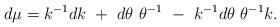
LaTeX: \begin{align*}d \mu = k^{-1} dk ~+~ d \theta ~\theta ^{-1} ~-~k^{-1} d \theta ~\theta ^{-1} k.\end{align*}